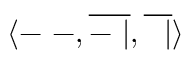
\langle - \ - , { \overline { { - \ | } } } , { \overline { { \ \ | } } } \rangle